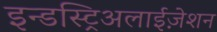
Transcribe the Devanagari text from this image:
इन्डस्ट्रिअलाईज़ेशन